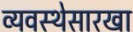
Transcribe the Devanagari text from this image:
व्यवस्थेसारखा